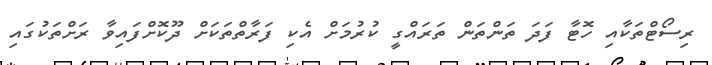
ރިސޯޓްތަކާއި ހޮޓާ ފަދަ ތަންތަން ތަރައްގީ ކުރުމަށް އެކި ފަރާތްތަކަށް ދޫކޮށްފައިވާ ރަށްތަކުގައި